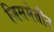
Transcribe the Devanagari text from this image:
जिसमेतीन